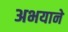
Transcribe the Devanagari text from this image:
अभयाने